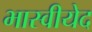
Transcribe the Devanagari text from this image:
भास्वीयेद